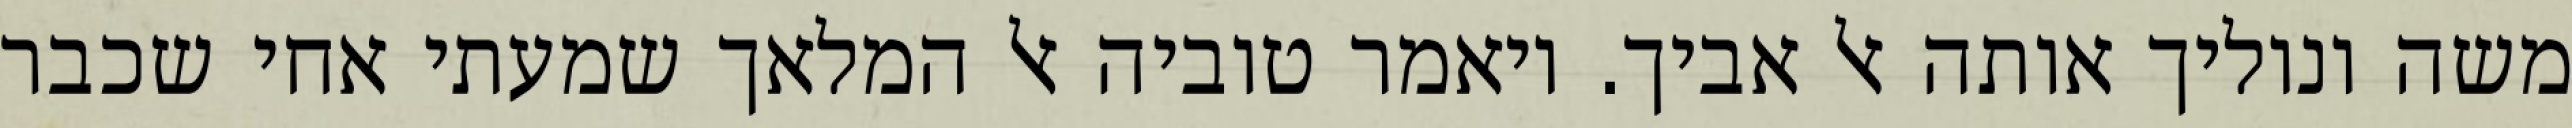
משה ונוליך אותה אל אביך. ויאמר טוביה אל המלאך שמעתי אחי שכבר